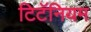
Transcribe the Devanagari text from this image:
टिटॅनियम